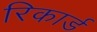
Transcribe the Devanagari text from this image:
रिकार्ड